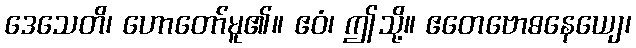
ဒေသေတိ၊ ဟောတော်မူ၏။ ဧဝံ၊ ဤသို့။ ဧတေဗောဓနေယျေ၊